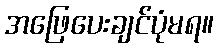
အဖြေပေးချင်ပုံမရ။